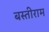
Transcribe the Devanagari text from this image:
बस्तीराम